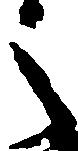
之